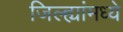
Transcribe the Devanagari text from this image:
जिल्ह्यांंमध्ये